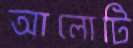
আলোটি